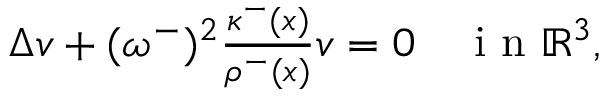
\begin{array} { r l } { \Delta v + ( \omega ^ { - } ) ^ { 2 } \frac { \kappa ^ { - } ( x ) } { \rho ^ { - } ( x ) } v = 0 } & { { } \mathrm { ~ i ~ n ~ } \mathbb { R } ^ { 3 } , } \end{array}